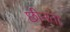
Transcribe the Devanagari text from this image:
छीनता